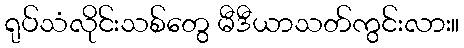
ရုပ်သံလိုင်းသစ်တွေ မီဒီယာသတ်ကွင်းလား။